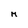
Character: M